Reports on military cantonments and civil stations in the Presidency of Bombay inspected by the Sanitary Commissioner in the years 1875 and 1876
Year: 1875
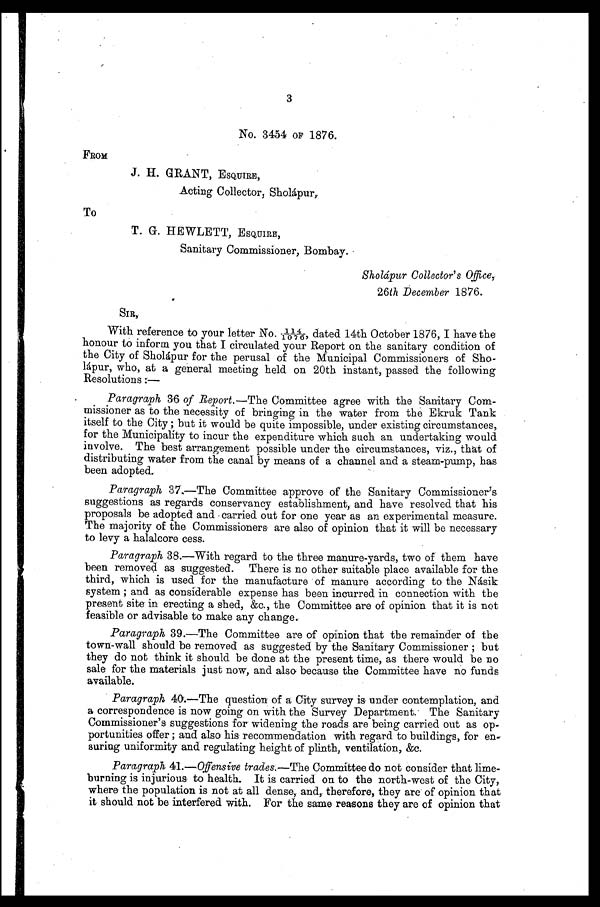
3
No. 3454 OF 1876.
FROM
J.H. GRANT, ESQUIRE,
A c t i n g C o l l e c t o r , S h o l á p u r ,
To
T. G. HEWLETT, ESQUIRE,
Sanitary Commissioner, Bombay.
Sholáipur Collector's Office,
26 th December 1876.
SIR,
With reference to your letter No. 114/1076, dated 14th October 1876, I have the
honour to inform you that I circulated your Report on the sanitary condition of
the City of Sholápur for the perusal of the Municipal Commissioners of Sho-
lápur, who, at a general meeting held on 20th instant, passed the following
Resolutions :—
Paragraph 36 of Report. —The Committee agree with the Sanitary Com-
missioner as to the necessity of bringing in the water from the Ekruk Tank
itself to the City ; but it would be quite impossible, under existing circumstances,
for the Municipality to incur the expenditure which such an undertaking would
involve. The best arrangement possible under the circumstances, viz., that of
distributing water from the canal by means of a channel and a steam-pump, has
been adopted.
Paragraph 37.—The Committee approve of the Sanitary Commissioner's
suggestions as regards conservancy establishment, and have resolved that his
proposals be adopted and carried out for one year as an experimental measure.
The majority of the Commissioners are also of opinion that it will be necessary
to levy a halalcore cess.
Paragraph 38.—With regard to the three manure-yards, two of them have
been removed as suggested. There is no other suitable place available for the
third, which is used for the manufacture of manure according to the Násik
system ; and as considerable expense has been incurred in connection with the
present site in erecting a shed, &c., the Committee are of opinion that it is not
feasible or advisable to make any change.
Paragraph 39.—The Committee are of opinion that the remainder of the
town-wall should be removed as suggested by the Sanitary Commissioner ; but
they do not think it should be done at the present time, as there would be no
sale for the materials just now, and also because the Committee have no funds
available.
Paragraph 40.—The question of a City survey is under contemplation, and
a correspondence is now going on with the Survey Department. The Sanitary
Commissioner's suggestions for widening the roads are being carried out as op-
portunities offer ; and also his recommendation with regard to buildings, for en-
suring uniformity and regulating height of plinth, ventilation, &c.
Paragraph 41.—Offensive trades.—The Committee do not consider that lime-
burning is injurious to health. It is carried on to the north-west of the City,
where the population is not at all dense, and, therefore, they are of opinion that
it should not be interfered with. For the same reasons they are of opinion that